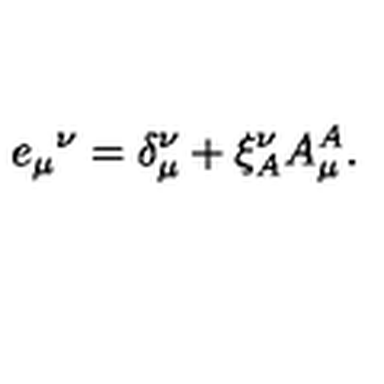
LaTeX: { e _ { \mu } } ^ { \nu } = \delta _ { \mu } ^ { \nu } + \xi _ { A } ^ { \nu } A _ { \mu } ^ { A } .